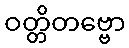
ဝတ္တိတဗ္ဗော